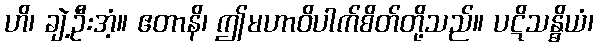
ဟိ၊ ချဲ့ဦးအံ့။ ဧတာနိ၊ ဤမဟာဝိပါက်စိတ်တို့သည်။ ပဋိသန္ဓိယံ၊